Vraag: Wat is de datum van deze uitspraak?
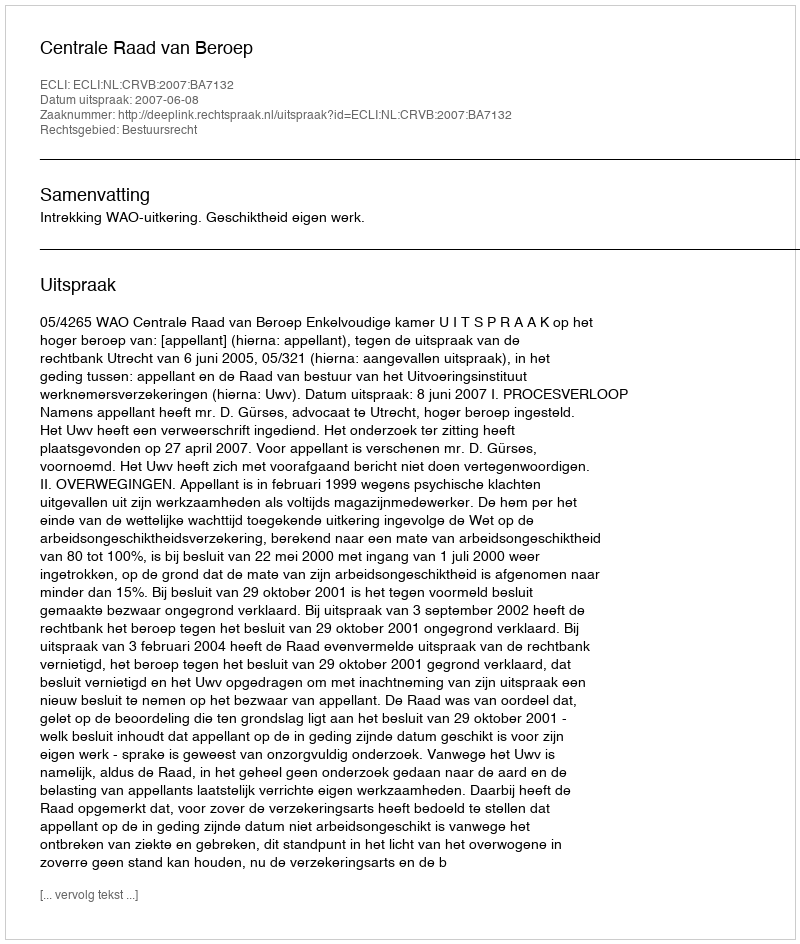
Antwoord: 2007-06-08